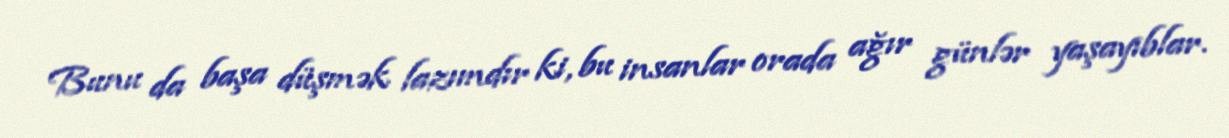
Bunu da başa düşmək lazımdır ki, bu insanlar orada ağır günlər yaşayıblar.